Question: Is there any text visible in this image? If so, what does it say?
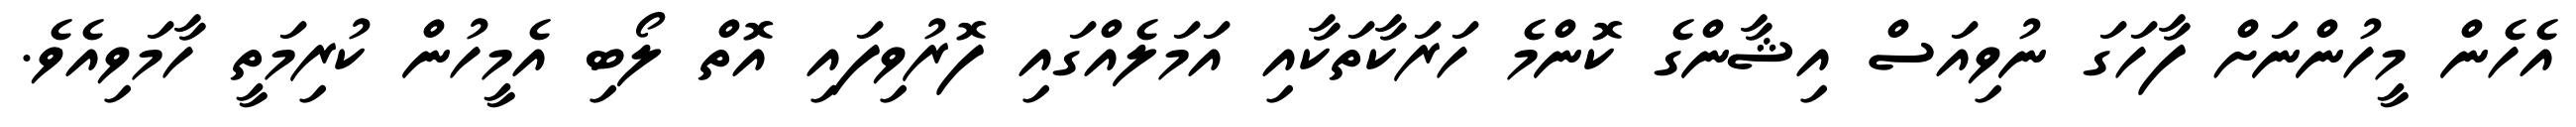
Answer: އެހެން މީހުންނަށް ފާހަގަ ނުވިއަސް އިޝާންގެ ކޮންމެ ހަރަކާތަކާއި އަމަލެއްގައި ފޮރުވިފައި އޮތް ލޯބި އެމީހުން ކުރިމަތީ ހާމަވިއެވެ.